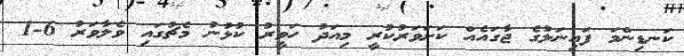
ކަނޑިންމަ ފައިނަލުގެ ޖާގައެއް ކަށަވަރުކުރީ މިއަދު ހަވީރު ކުޅުނު މެޗުގައި ވެލާވަރު 6-1